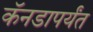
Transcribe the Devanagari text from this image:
कॅनडापर्यंत